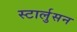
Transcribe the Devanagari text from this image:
स्टार्लुसन